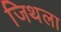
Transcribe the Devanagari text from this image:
जिथला